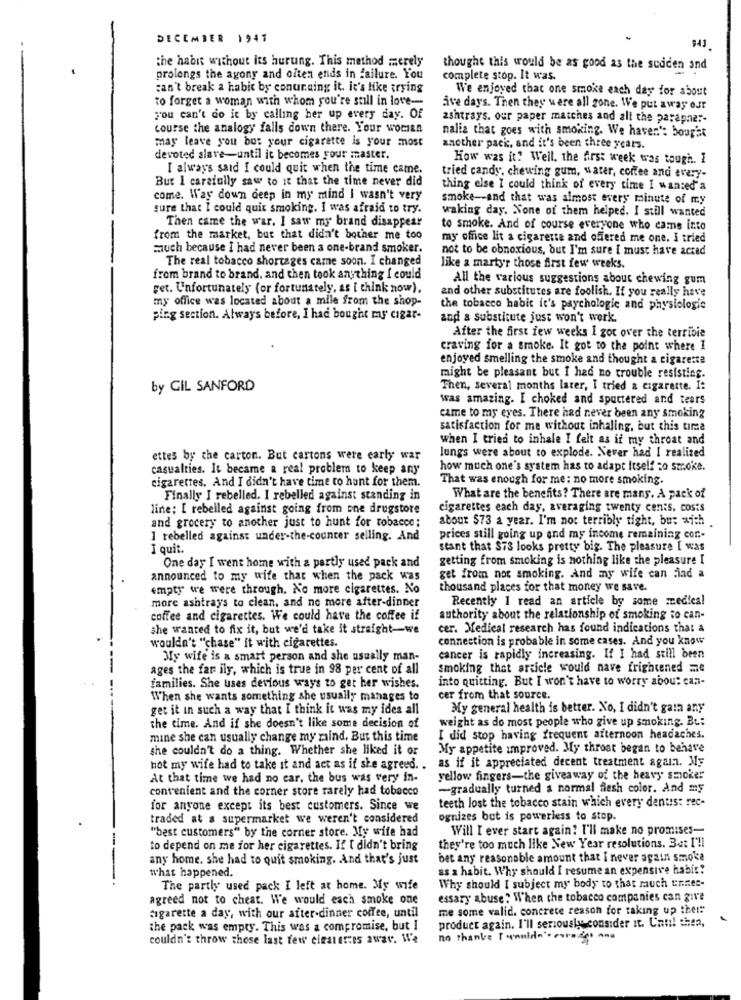
DECEMBER 1941
943
the habn without its hurting. This method merely
thought this would be as good as the sudden and
prolongs the agony and often ends in failure. You
complete stop. It was.
can't break a habit by conunaing it. it's like trying
We enjoyed that one smoke each day for about
to forget a woman with whom you're still in love-
Sve days. Then they were all zone. We put away our
you can't do it by calling her up every day. Of
ashtrays. our paper matches and all the parapher-
course the analogy falls down there. Your worsen
may leave you bus your cigarette is your most
nalia that goes with smoking. We haven': bought
another pack, and it's been three years.
devoted slave-until it becomes your master.
How was it? Well, the first week was tough. 1
I always said I could quit when the time came.
But I carefully saw to it that the time never did
tried candy, chewing gum, water, coffee and every-
thing else I could think of every time I wanted'a
come. Way down deep in my mind I wasn't very
smoke -- and that was almost every minute of my
sure that I could quit smoking. I was afraid to try.
waking day. None of them helped. I still wanted
Then came the war. I saw my brand disappear
to smoke. And of course everyone who came into
from the market, but that didn't bother me too
my office lit a cigarette and offered me one. I tried
much because I had never been a one-brand smoker.
not to be obnoxious, but I'm sure I must have accad
The real tobacco shortages carne soon. I changed
like a martyr those first few weeks.
from brand to brand, and then took anything I could
All the various suggestions about chewing gum
get. Unfortunately (or fortunately, as [ think now),
and other substitutes are foolish. If you really have
my office was located about a mile from the shop-
the tobacco habit it's psychologic and physiologie
ping section. Always before, I had bought my cigar-
and a substitute just won't work.
After the first few weeks I got over the terrible
craving for a smoke. It got to the point where I
enjoyed smelling the smoke and thought a cigarette
might be pleasant but I had no trouble resisting.
by GIL SANFORD
Then, several months later, I tried a cigarette. I:
was amazing. I choked and sputtered and tears
came to my eyes. There had never been any smoking
satisfaction for me without inhaling, but this time
when I tried to inhale I felt as if my throat and
lungs were about to explode. Never had I realized
ettes by the carton. But cartons were early war
casualties. It became a real problem to keep any
how much one's system has to adapt Itself to smoke.
cigarettes. And I didn't have time to hunt for them.
That was enough for me: no more smoking.
Finally I rebelled. I rebelled against standing in
What are the benefits? There are many. A pack of
line; I rebelled against going from one drugstore
cigarettes each day, averaging twenty cents, costs
and grocery to another just to hunt for tobacco;
about $73 a year. I'm not terribly tight, but with
I rebelled against under-the-counter selling. And
prices still going up and my income remaining cor .-
I quit.
stant that $73 looks pretty big. The pleasure [ was
getting from smoking is nothing like the pleasure I
One day I went home with a partly used pack and
announced to my wife that when the pack was
get from not smoking. And my wife can Find a
empty we were through. No more cigarettes. No
thousand places for that money we save.
more ashtrays to clean, and no more after-dinner
Recently I read an article by some medical
coffee and cigarettes. We could have the coffee if
authority about the relationship of smoking to can-
she wanted to fix it, but we'd take it straight-we
cer. Medical research has found indications that a
connection is probable in some cases. And you know
wouldn't "chase" it with cigarettes.
My wife is a smart person and she usually man-
cancer is rapidly increasing. If I had still been
ages the far ily, which is true in 98 per cent of all
smoking that areicle would nave frightened me
into quitting. But I won't have to worry about can-
families. She uses devious ways to get her wishes.
When she wants something she usually manages to
cer from that source.
get it in such a way that I think it was my ides all
My general health is better. No, I didn't gain any
weight as do most people who give up smoking. Bu:
the time. And if she doesn't like some decision of
mine she can usually change my zaind. But this time
I did stop having frequent afternoon headaches.
she couldn't do a thing. Whether she liked it or
My appetite improved. My throat began to behave
as if it appreciated decent treatment again. My
hot my wife had to take it and act as if she agreed ..
At that time we had no car, the bus was very in-
yellow fingers-the giveaway of the heavy smoker
convenient and the corner store rarely had tobacco
-gradually turned a normal flesh color. And my
teeth lost the tobacco stain which every dentist rec-
for anyone except its best customers. Since we
traded at a supermarket we weren't considered
ognizes but is powerless to stop.
"best customers" by the corner store. My wife had
Will I ever start again? I'll make no promises-
-
to depend on me for her cigarettes. If [ didn't bring
they're too much like New Year resolutions. 3at I'll
any home. she had to quit smoking. And that's just
bet any reasonable amount that I never again smoke
as a habit. Why should I resume an expensive habit?
what happened.
The partly used pack I left at home. My wife
Why should I subject my body to that much unnec-
agreed not to cheat. We would each smoke one
essary abuse: When the tobacco companies can give
me some valid. concrete reason for taking up the !!
cigarette a day, with our after-dinner coffee, until
the pack was empty. This was a compromise, but I
product again. I'll seriously consider it. Can! then,
couldn't throw those last few cigarettes away. We
no thanks I couldn'. corazgo ana